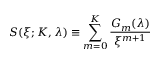
S ( \xi ; K , \lambda ) \equiv \sum _ { m = 0 } ^ { K } \frac { G _ { m } ( \lambda ) } { \xi ^ { m + 1 } }